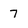
Character: 7